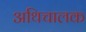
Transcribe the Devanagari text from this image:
अथिचालक